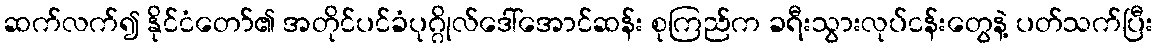
ဆက်လက်၍ နိုင်ငံတော်၏ အတိုင်ပင်ခံပုဂ္ဂိုလ်ဒေါ်အောင်ဆန်း စုကြည်က ခရီးသွားလုပ်ငန်းတွေနဲ့ ပတ်သက်ပြီး